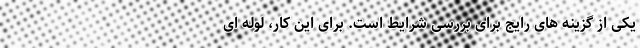
یکی از گزینه های رایج برای بررسی شرایط است. برای این کار، لوله ای